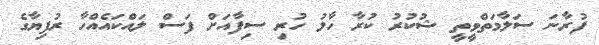
ފުރާނަ ސަލާމަތްވީތީ ޝުކުރު ކުރާ ހާލު ހުރި ސިފާއަށް ފަސް ލައްކައެއްހާ ރުފިޔާގެ